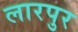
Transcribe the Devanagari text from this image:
लारपुर